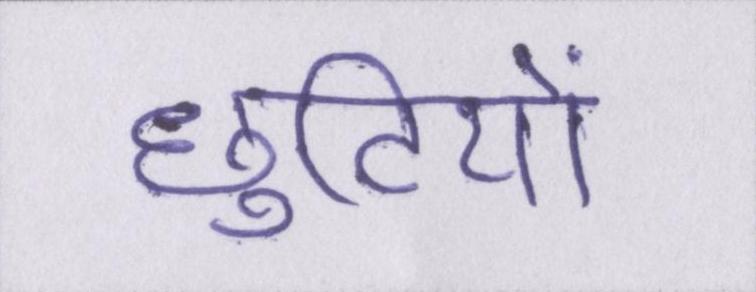
छुटियों